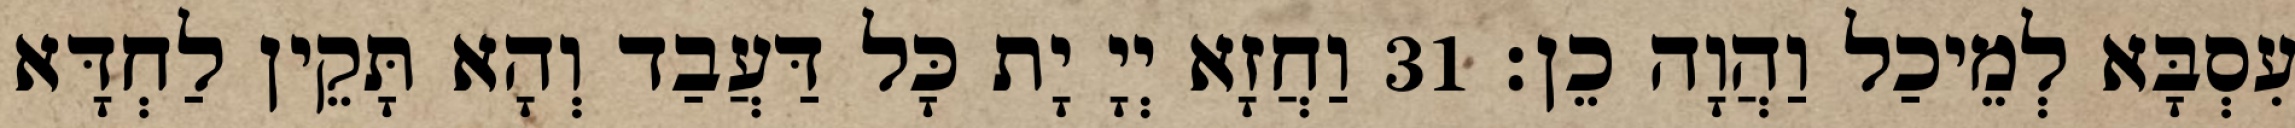
עִסְבָּא לְמֵיכַל וַהֲוָה כֵן׃ 31 וַחֲזָא יְיָ יָת כָּל דַּעֲבַד וְהָא תָּקֵין לַחְדָּא